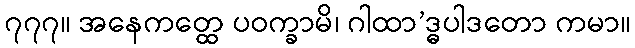
၇၇၇။ အနေကတ္ထေ ပဝက္ခာမိ၊ ဂါထာ’ဒ္ဓပါဒတော ကမာ။